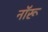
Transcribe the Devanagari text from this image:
नॉरू